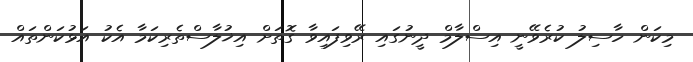
މިކަން ހާސިލު ކުރެވޭނީ އިސްލާމް ދީނުގައި ރޭވިފައިވާ ގޮތަށް އިޚުލާސްތެރިކަމާ އެކު އަޅުކަންތައް